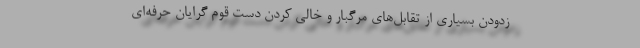
زدودن بسیاری از تقابل‌های مرگبار و خالی کردن دست قوم گرایان حرفه‌ای